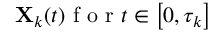
\mathbf { X } _ { k } ( t ) \textrm { f o r } t \in \left[ 0 , \tau _ { k } \right]